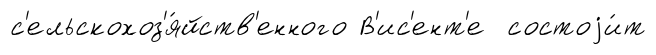
с'ельскохоз'я́йств'енного В'ис'ент'е состоjи́т